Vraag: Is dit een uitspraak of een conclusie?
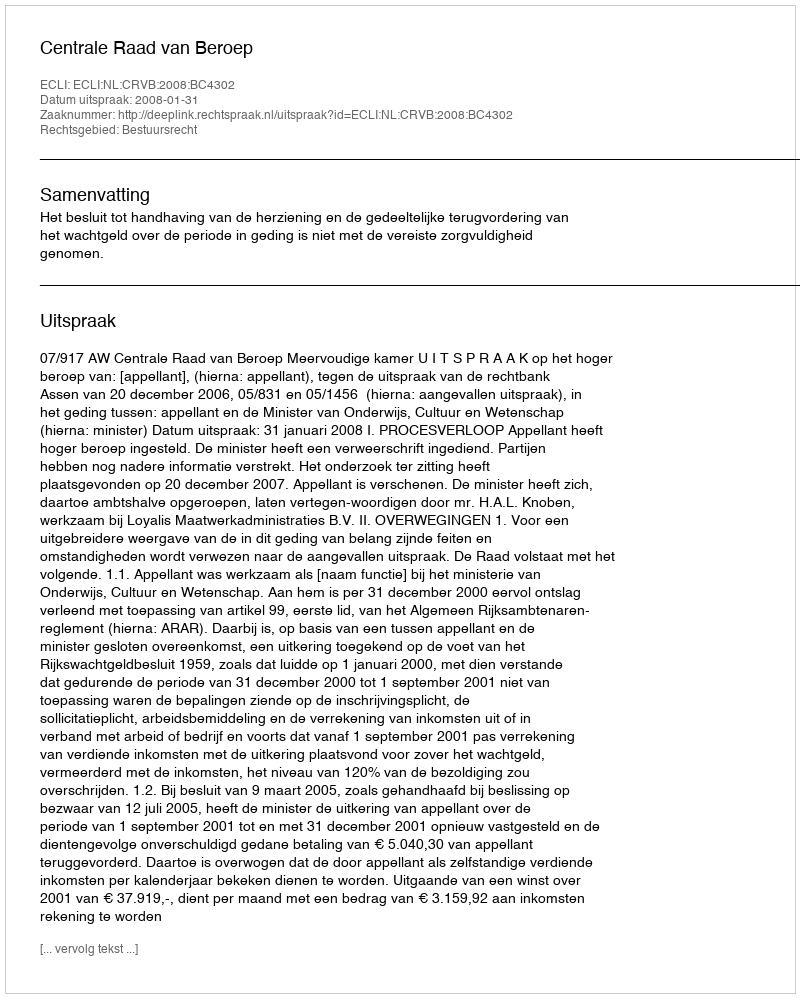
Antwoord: Uitspraak